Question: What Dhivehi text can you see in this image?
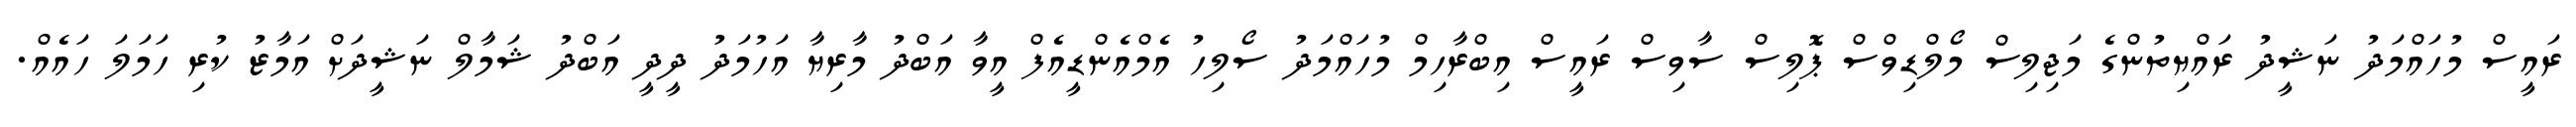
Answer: ރައީސް މުހައްމަދު ނަޝީދު ރައްޔިތުންގެ މަޖިލިސް މޯލްޑިވްސް ޕޮލިސް ސާވިސް ރައީސް އިބްރާހިމް މުހައްމަދު ސޯލިހު އެމްއެންޑީއެފް އީވާ އަބްދު މާރިޔާ އަހުމަދު ދީދީ އަބްދު ޝަމާލް ނަޝީދަށް އަމާޒު ކުރި ހަމަލަ ހައެއް.